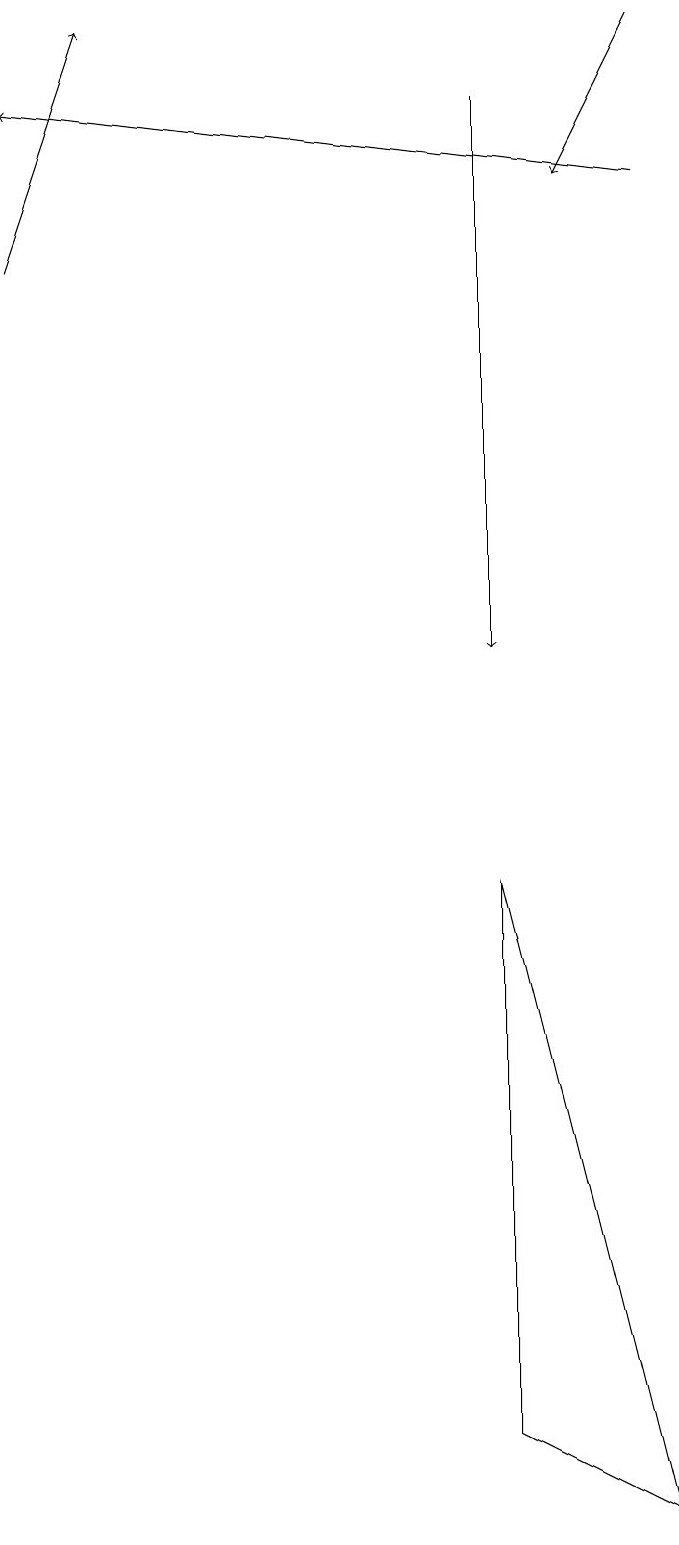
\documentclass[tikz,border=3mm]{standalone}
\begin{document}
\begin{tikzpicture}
\draw[->] (6,18) -- (6,11);
\draw (6,1) -- (8,0) -- (6,8) -- cycle;
\draw[->] (0,16) -- (1,19);
\draw[->] (8,17) -- (0,18);
\draw[->] (8,19) -- (7,17);
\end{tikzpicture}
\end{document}